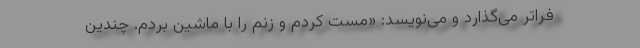
فراتر می‌گذارد و می‌نویسد: «مست کردم و زنم را با ماشین بردم. چندین